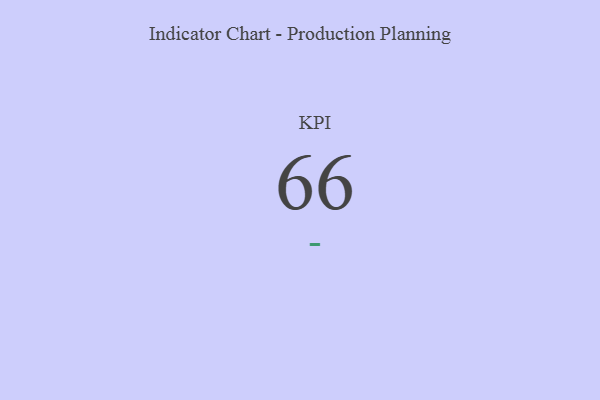
{"axis": {"x": "KPI", "y": "Value"}, "legend": [""], "data": [{"x": "KPI", "y": 66, "type": ""}]}